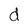
Character: d